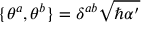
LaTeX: \{ \theta ^ { a } , \theta ^ { b } \} = \delta ^ { a b } \sqrt { \hbar \alpha ^ { \prime } }